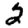
Digit: 2